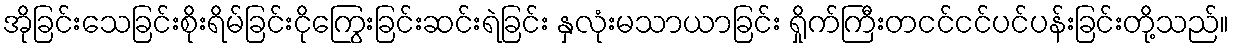
အိုခြင်းသေခြင်းစိုးရိမ်ခြင်းငိုကြွေးခြင်းဆင်းရဲခြင်း နှလုံးမသာယာခြင်း ရှိုက်ကြီးတငင်ငင်ပင်ပန်းခြင်းတို့သည်။